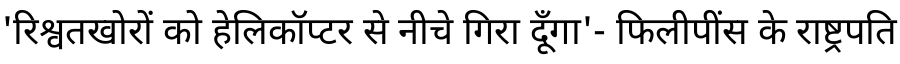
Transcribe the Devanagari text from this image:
'रिश्वतखोरों को हेलिकॉप्टर से नीचे गिरा दूँगा'- फिलीपींस के राष्ट्रपति